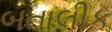
બતાલીક